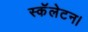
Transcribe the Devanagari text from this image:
स्कॅलेटन।